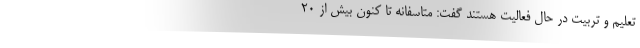
تعلیم و تربیت در حال فعالیت هستند گفت: متاسفانه تا کنون بیش از ۲۰